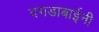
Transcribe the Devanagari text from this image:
दगडाबाईनी